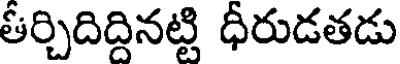
తీర్చిదిద్దినట్టి ధీరుడతడు